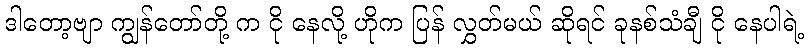
ဒါတော့ဗျာ ကျွန်တော်တို့ က ငို နေလို့ ဟိုက ပြန် လွှတ်မယ် ဆိုရင် ခုနစ်သံချီ ငို နေပါရဲ့